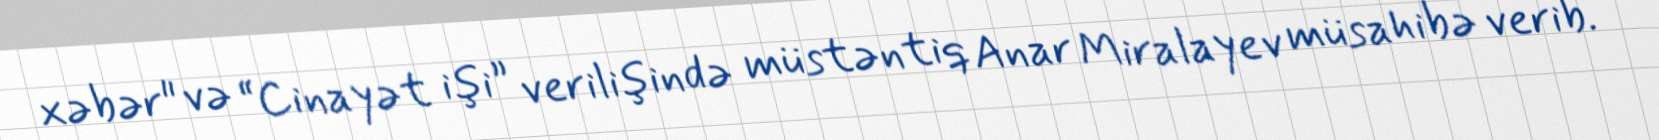
xəbər" və “Cinayət işi” verilişində müstəntiq Anar Miralayev müsahibə verib.